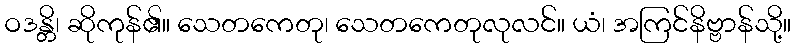
ဝဒန္တိ၊ ဆိုကုန်၏။ သေတကေတု၊ သေတကေတုလုလင်။ ယံ၊ အကြင်နိဗ္ဗာန်သို့။